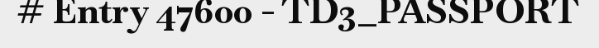
# Entry 47600 - TD3_PASSPORT